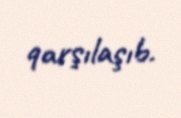
qarşılaşıb.